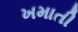
ખમાતી